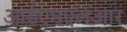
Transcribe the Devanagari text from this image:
आईएमएलआर